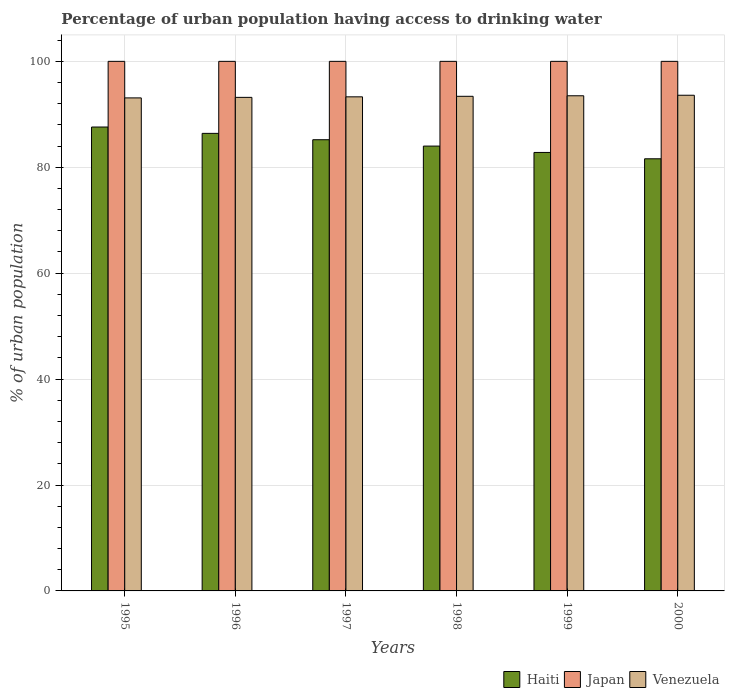
| Years | Haiti | Japan | Venezuela |
 | --- | --- | --- | --- |
 | 1995 | 87.6 | 100 | 93.1 |
 | 1996 | 86.4 | 100 | 93.2 |
 | 1997 | 85.2 | 100 | 93.3 |
 | 1998 | 84 | 100 | 93.4 |
 | 1999 | 82.8 | 100 | 93.5 |
 | 2000 | 81.6 | 100 | 93.6 |